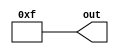
module funcall4 (
  output [4:0] out
);

assign out = 5'd15;

endmodule